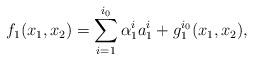
LaTeX: \begin{align*}f_1(x_1,x_2)=\sum_{i=1}^{i_0} \alpha_1^i a_1^i+ g_1^{i_0}(x_1,x_2),\end{align*}